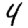
Digit: 4